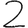
Digit: 2